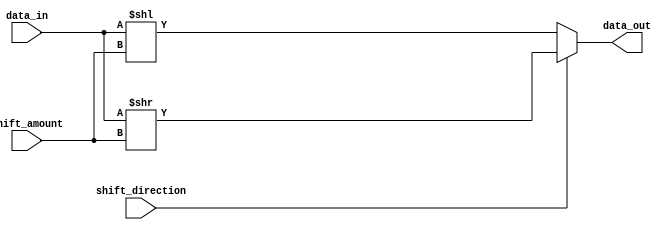
module Sparse_Barrel_Shifter (
  input [7:0] data_in,
  input [3:0] shift_amount,
  input shift_direction,
  output [7:0] data_out
);

reg [7:0] temp_data;

always @* begin
  if (shift_direction == 1) begin
    temp_data = data_in >> shift_amount;
  end else begin
    temp_data = data_in << shift_amount;
  end
end

assign data_out = temp_data;

endmodule